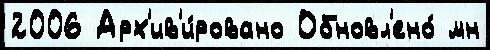
2006 Арх'ив'и́ровано Обновл'ено́ мн